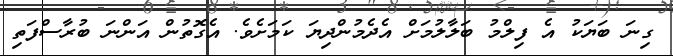
ގިނަ ބަޔަކު އެ ފިލްމު ބަލާލުމަށް އެދެމުންދިޔަ ކަމަށެވެ. އެގޮތުން އަންނަ ބުރާސްފަތި